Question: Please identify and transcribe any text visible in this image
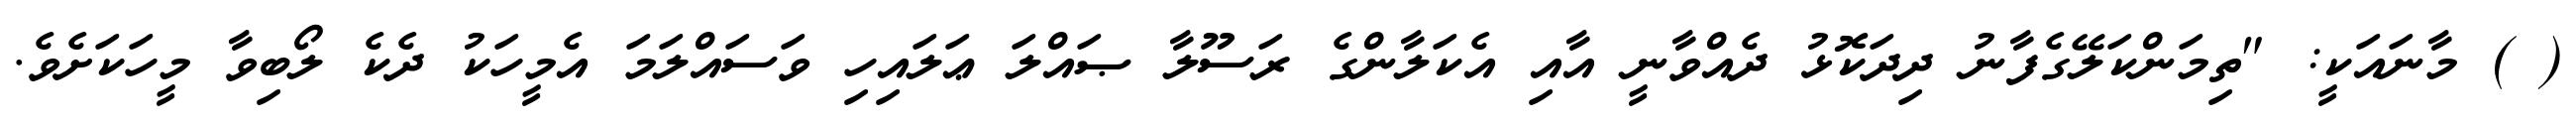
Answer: ( ) މާނައަކީ: "ތިމަންކަލޭގެފާނު ދިދަކޮޅު ދެއްވާނީ އާއި އެކަލާންގެ ރަސޫލާ ޞައްލަ ޢަލައިހި ވަސައްލަމަ އެމީހަކު ދެކެ ލޯބިވާ މީހަކަށެވެ.